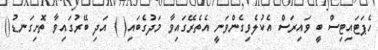
ހެޕަޓައިޓިސް ބީ ވައިރަސް އެކުލެވިގެންވަނީ އެތެރޭގައިވާ މަދުގެބައި( ) އަދި ބޭރުގައިވާ ތޮށިގަނޑު()